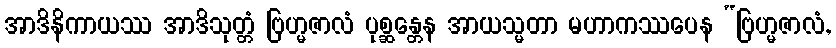
အာဒိနိကာယဿ အာဒိသုတ္တံ ဗြဟ္မဇာလံ ပုစ္ဆန္တေန အာယသ္မတာ မဟာကဿပေန “ဗြဟ္မဇာလံ,